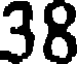
38